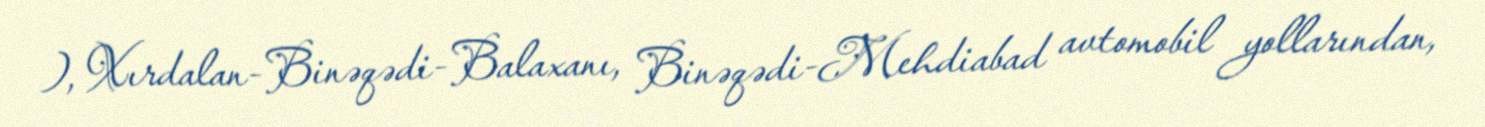
), Xırdalan-Binəqədi-Balaxanı, Binəqədi-Mehdiabad avtomobil yollarından,